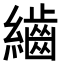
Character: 𮉕